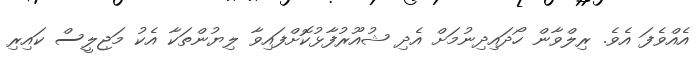
އެއްވެފަ އެވެ. ރިލްވާން ހޯދައިދިނުމަށް އެދި ޝުއޫރުފާޅުކޮށްފައިވާ ލިޔުންތަކާ އެކު މަޖިލީސް ކައިރި